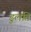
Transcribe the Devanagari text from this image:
डुलति